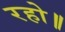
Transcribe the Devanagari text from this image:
रहो॥